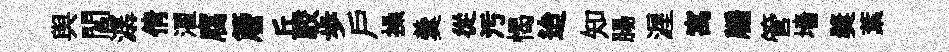
舆閻潺倩濯腐簷丘駮歩户操羹從汚愒迨知腸渥寓牖管墻奬葉